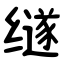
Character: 䍁